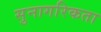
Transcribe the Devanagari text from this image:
सुनागरिकता